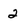
Character: 2